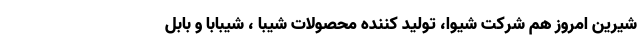
شیرین امروز هم شرکت شیوا، تولید کننده محصولات شیبا ، شیبابا و بابل